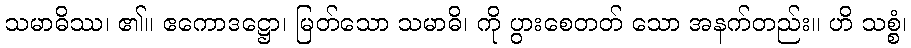
သမာဓိဿ၊ ၏။ ဧကောဒဋ္ဌော၊ မြတ်သော သမာဓိ၊ ကို ပွားစေတတ် သော အနက်တည်း။ ဟိ သစ္စံ၊